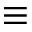
\equiv